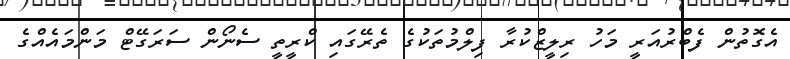
އެގޮތުން ފެބްރުއަރީ މަހު ރިލީޒްކުރާ ފިލްމުތަކުގެ ތެރޭގައި ކްރީތީ ސެނޯން ސަރަގޭޓް މަންމައެއްގެ